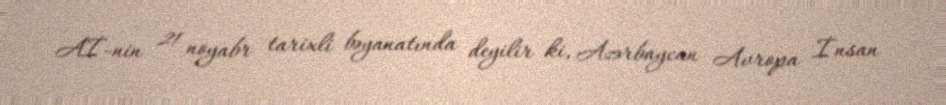
Aİ-nin 21 noyabr tarixli bəyanatında deyilir ki, Azərbaycan Avropa İnsan